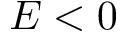
E < 0